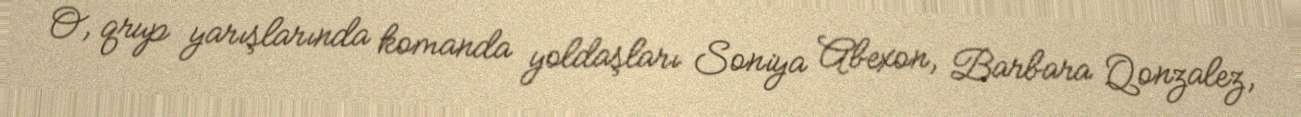
O, qrup yarışlarında komanda yoldaşları Soniya Abexon, Barbara Qonzalez,